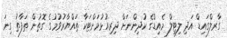
ގާރލްގައިޑް އަދި ލިޓިލް މެއިޑްގެ ކުދިންނަށް ދިރިއުޅުމަށްޓަކާ ތައްޔާރުވުމުގެ ގޮތުން ތަފާތު ގިނަ